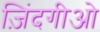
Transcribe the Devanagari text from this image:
ज़िंदगीओ